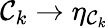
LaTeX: {\cal{C}}_{k}\to\eta_{{\cal{C}}_{k}}